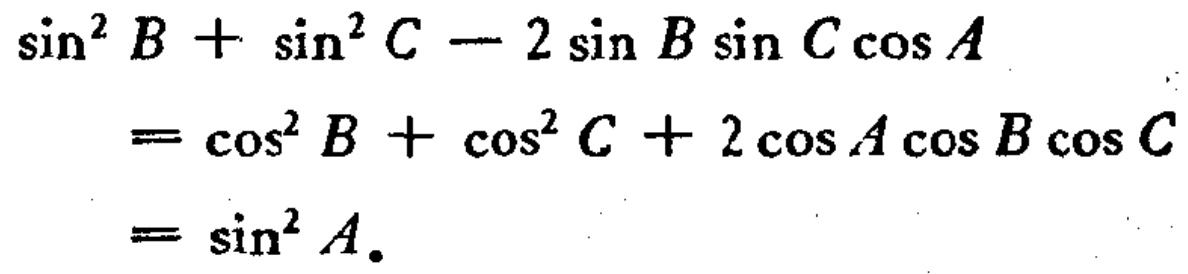
\[\begin{align*}

\sin^{2}B+\sin^{2}C - 2\sin B\sin C\cos A&\\

=\cos^{2}B+\cos^{2}C + 2\cos A\cos B\cos C&\\

=\sin^{2}A.

\end{align*}\]